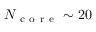
N _ { \mathrm { ~ c ~ o ~ r ~ e ~ } } \sim 2 0